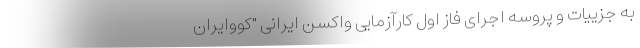
به جزییات و پروسه اجرای فاز اول کارآزمایی واکسن ایرانی "کُووایران